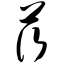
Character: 茨